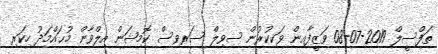
ތަފްސީލް 2019-07-08 ވަޒީފާއިން ވަކިކުރުން ސިވިލް ސަރވިސް ކޮމިޝަން އިލްވާން މުޙައްމަދު ހިކަރި